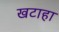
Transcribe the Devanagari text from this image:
खटाहा